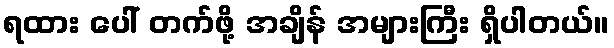
ရထား ပေါ် တက်ဖို့ အချိန် အများကြီး ရှိပါတယ်။